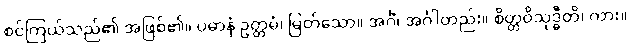
စင်ကြယ်သည်၏ အဖြစ်၏။ ပဓာနံ ဥတ္တမံ၊ မြတ်သော။ အင်္ဂံ၊ အင်္ဂါတည်း။ စိတ္တဝိသုဒ္ဓီတိ၊ ကား။